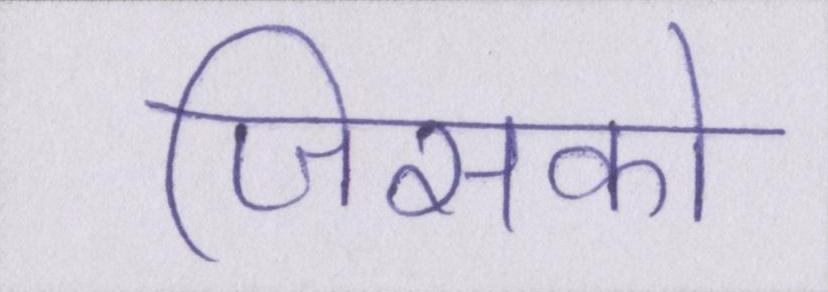
जिसको